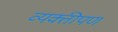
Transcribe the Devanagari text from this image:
व्यक्तीपण